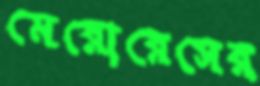
মেরোরেসের